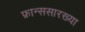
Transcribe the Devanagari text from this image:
फ्रान्ससारख्या